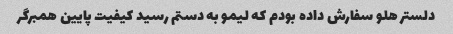
دلستر هلو سفارش داده بودم که لیمو به دستم رسید کیفیت پایین همبرگر